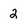
Character: 2